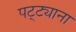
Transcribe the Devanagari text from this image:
पट्ट्याना